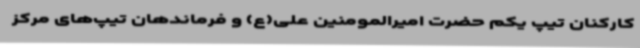
کارکنان تیپ یکم حضرت امیرالمومنین علی(ع) و فرماندهان تیپ‌های مرکز